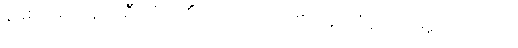
နနုစ၊ စောဒနာပါဦးအံ့။ (ကိံ၊ အဘယ်သို့စောဒနာကံနည်းဟူမူကား။) ဧတံ